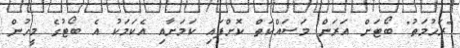
"ރަހުމަތު" ބޯޓަށް އަރަން މަސައްކަތް ކޮށްފައި ކަމަށާއި އެކަމަކު އެ ބޯޓުގެ މީހުން